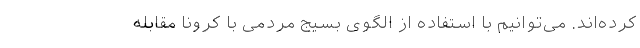
کرده‌اند. می‌توانیم با استفاده از الگوی بسیج مردمی با کرونا مقابله